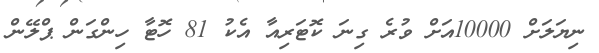
ނިޔަލަށް 10000އަށް ވުރެ ގިނަ ކޮޓަރިއާ އެކު 81 ހޮޓާ ހިންގަން ޕްލޭން